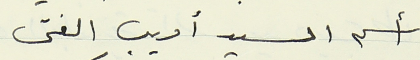
أسم السيد أديب الفتى